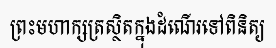
ព្រះមហាក្សត្រស្ថិតក្នុងដំណើរទៅពិនិត្យ